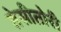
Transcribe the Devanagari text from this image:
तेसीतोरी